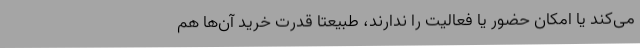
می‌کند یا امکان حضور یا فعالیت را ندارند، طبیعتا قدرت خرید آن‌ها هم